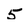
Character: 5